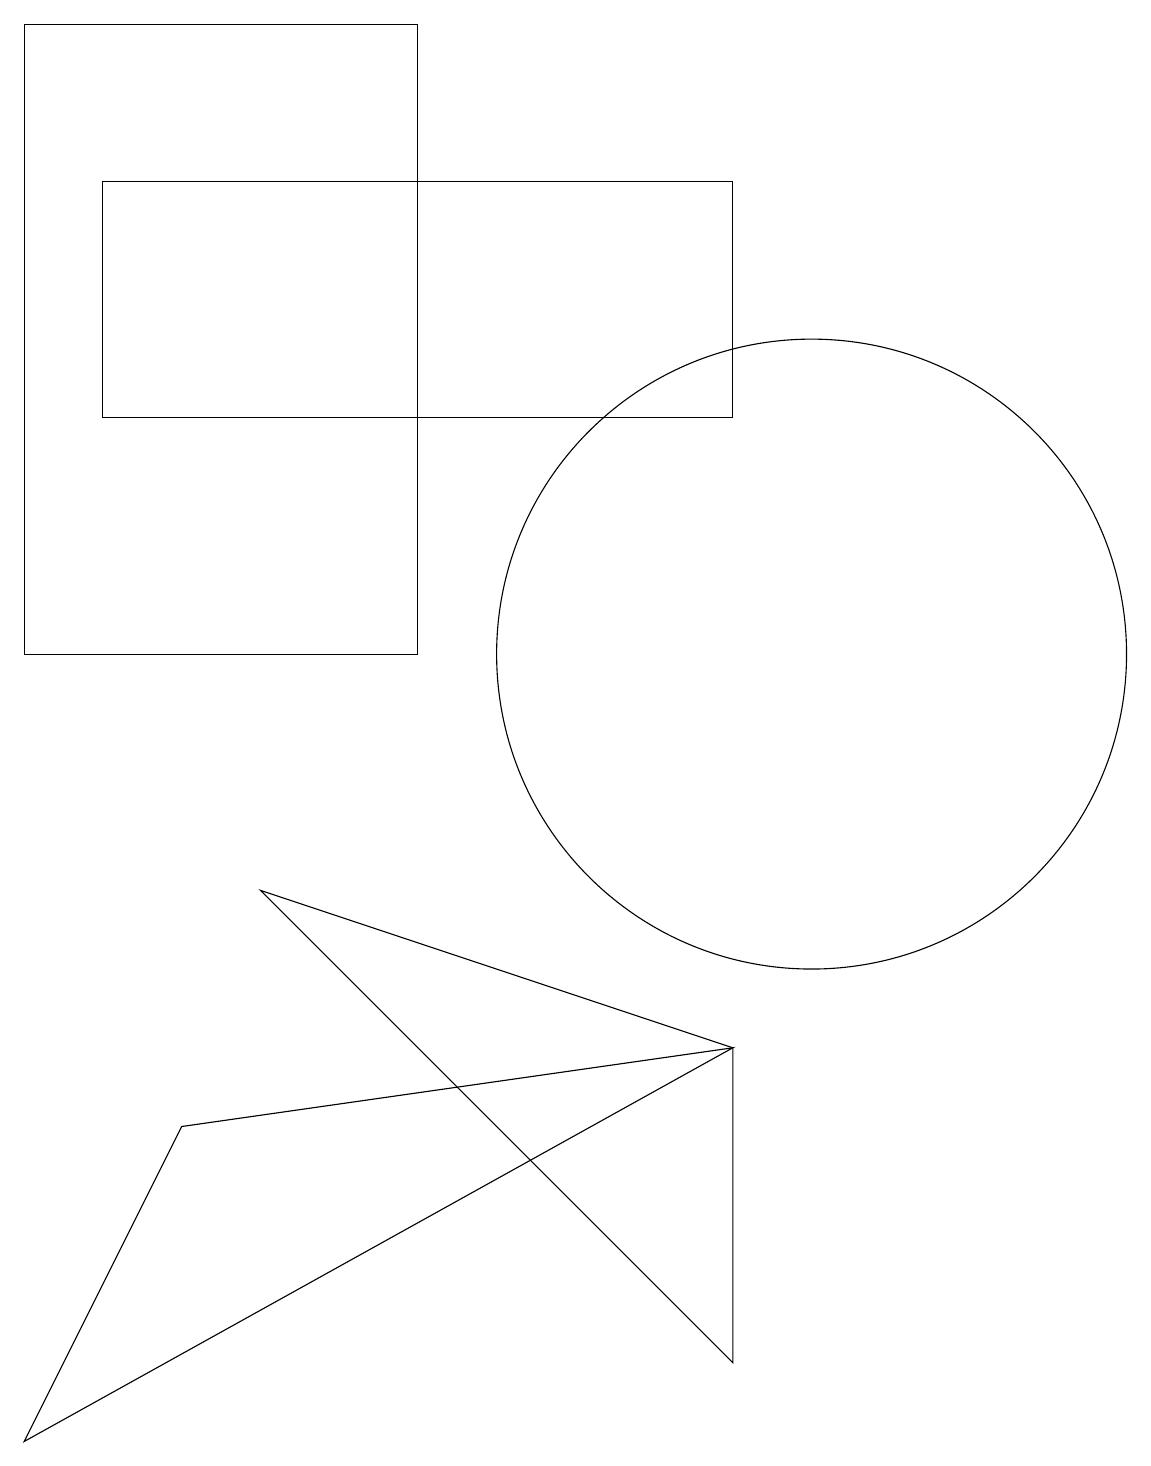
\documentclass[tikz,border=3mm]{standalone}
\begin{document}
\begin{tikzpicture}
\draw (9,13) rectangle (1,16);
\draw (0,10) rectangle (5,18);
\draw (9,1) -- (3,7) -- (9,5) -- cycle;
\draw (10,10) circle (4);
\draw (9,5) -- (0,0) -- (2,4) -- cycle;
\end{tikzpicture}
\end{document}